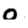
Digit: 0